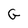
Character: G